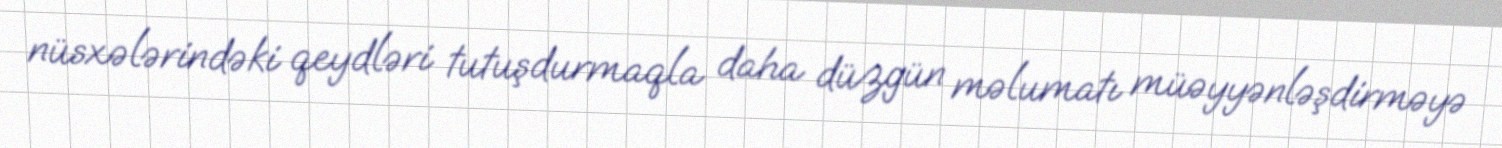
nüsxələrindəki qeydləri tutuşdurmaqla daha düzgün məlumatı müəyyənləşdirməyə